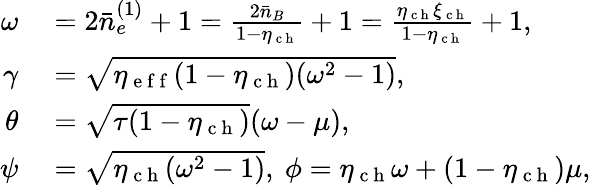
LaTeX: \begin{array}{rl}{\omega}&{{}=2\bar{n}_{e}^{(1)}+1=\frac{2\bar{n}_{B}}{1-\eta_{\mathrm{~c~h~}}}+1=\frac{\eta_{\mathrm{~c~h~}}\xi_{\mathrm{~c~h~}}}{1-\eta_{\mathrm{~c~h~}}}+1,}\\ {\gamma}&{{}=\sqrt{\eta_{\mathrm{~e~f~f~}}(1-\eta_{\mathrm{~c~h~}})(\omega^{2}-1)},}\\ {\theta}&{{}=\sqrt{\tau(1-\eta_{\mathrm{~c~h~}})}(\omega-\mu),}\\ {\psi}&{{}=\sqrt{\eta_{\mathrm{~c~h~}}(\omega^{2}-1)},~\phi=\eta_{\mathrm{~c~h~}}\omega+(1-\eta_{\mathrm{~c~h~}})\mu,}\end{array}